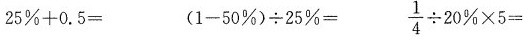
$$25\%+0.5=$$ $$(1-50\%)\div 25\%=$$ $$\frac{1}{4}\div 20 \% \times 5=$$